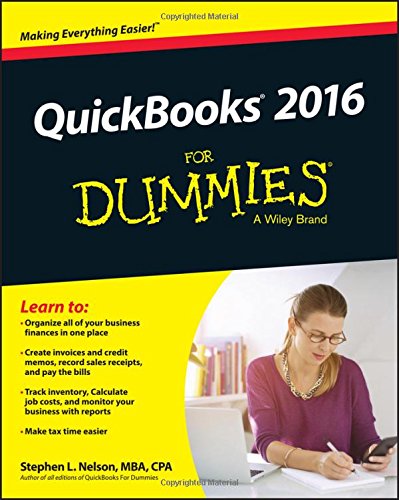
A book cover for QuickBooks 2016 For Dummies (Quickbooks for Dummies); Stephen L. Nelson; Computers & Technology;